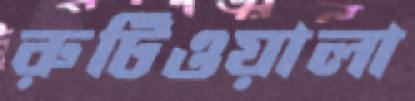
রুটিওয়ালা